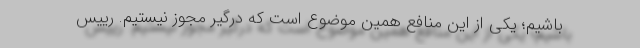
باشیم؛ یکی از این منافع همین موضوع است که درگیر مجوز نیستیم. رییس